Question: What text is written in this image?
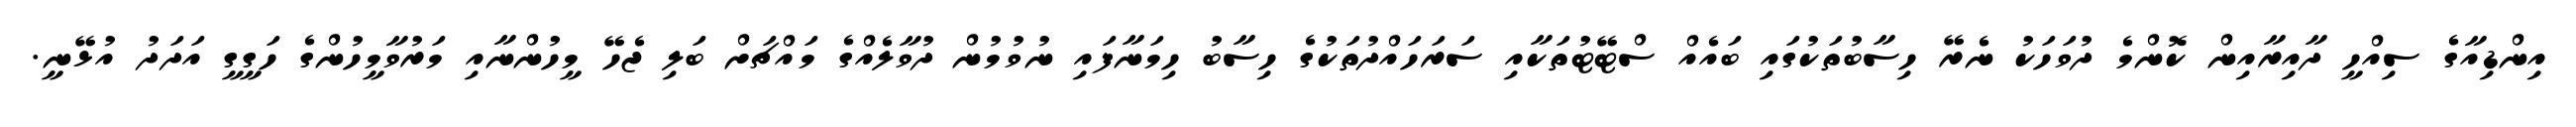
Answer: އިންޑިއާގެ ސިއްހީ ދާއިރާއިން ކޮންމެ ދުވަހަކު ނެރޭ ހިސާބުތަކުގައި ބައެއް ސްޓޭޓުތަކާއި ސަރަހައްދުތަކުގެ ހިސާބު ހިމަނާފައި ނުވުމުން ދުވާލެއްގެ މައްޗަށް ބަލި ޖެހޭ މީހުންނާއި މަރުވާމީހުންގެ ހަގީގީ އަދަދު އުޅޭނީ.